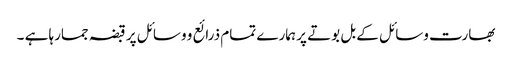
بھارت وسائل کے بل بوتے پر ہمارے تمام ذرائع و وسائل پر قبضہ جمارہا ہے ۔